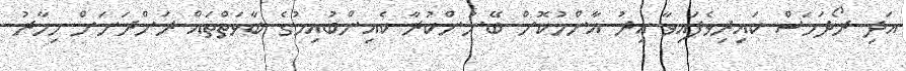
އަދި ރޯދަމަސް ކައިރިވެފައިވާ އިރު އާންމުކޮށް ބޭނުންކުރާ ކެއިންބުއިމުގެ ބާވަތްތައް ރަށްރަށަށް މިހާރު